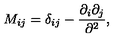
M _ { i j } = \delta _ { i j } - { \frac { \partial _ { i } \partial _ { j } } { \partial ^ { 2 } } } ,